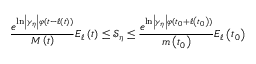
\frac { e ^ { \ln \left\vert \gamma _ { \eta } \right\vert \varphi ( t - \ell \left( t \right) ) } } { M \left( t \right) } E _ { \ell } \left( t \right) \leq \mathcal { S } _ { \eta } \leq \frac { e ^ { \ln \left\vert \gamma _ { \eta } \right\vert \varphi ( t _ { 0 } + \ell \left( t _ { 0 } \right) ) } } { m \left( t _ { 0 } \right) } E _ { \ell } \left( t _ { 0 } \right)